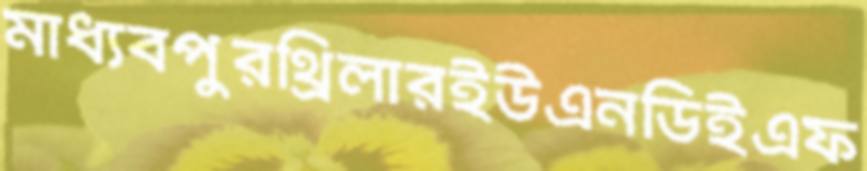
মাধ্যবপুরথ্রিলারইউএনডিইএফ